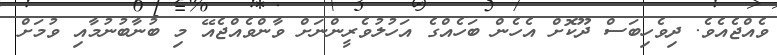
ވެއްޖެއެވެ. ދިވެހިބަސް ދޫކޮށް އެހެން ބަހެއްގެ އަހުލުވެރީންނަށް ވާންވެއްޖެއޭ މި ބުނާބުނުމާއި ވުމަށް